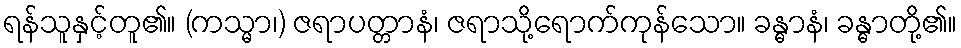
ရန်သူနှင့်တူ၏။ (ကသ္မာ၊) ဇရာပတ္တာနံ၊ ဇရာသို့ရောက်ကုန်သော။ ခန္ဓာနံ၊ ခန္ဓာတို့၏။